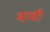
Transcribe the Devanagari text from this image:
बाधी